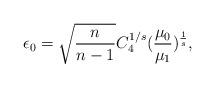
LaTeX: \begin{align*}\epsilon_0=\sqrt{\frac{n}{n-1}}C_4^{1/s}(\frac{\mu_0}{\mu_1})^{\frac{1}{s}},\end{align*}